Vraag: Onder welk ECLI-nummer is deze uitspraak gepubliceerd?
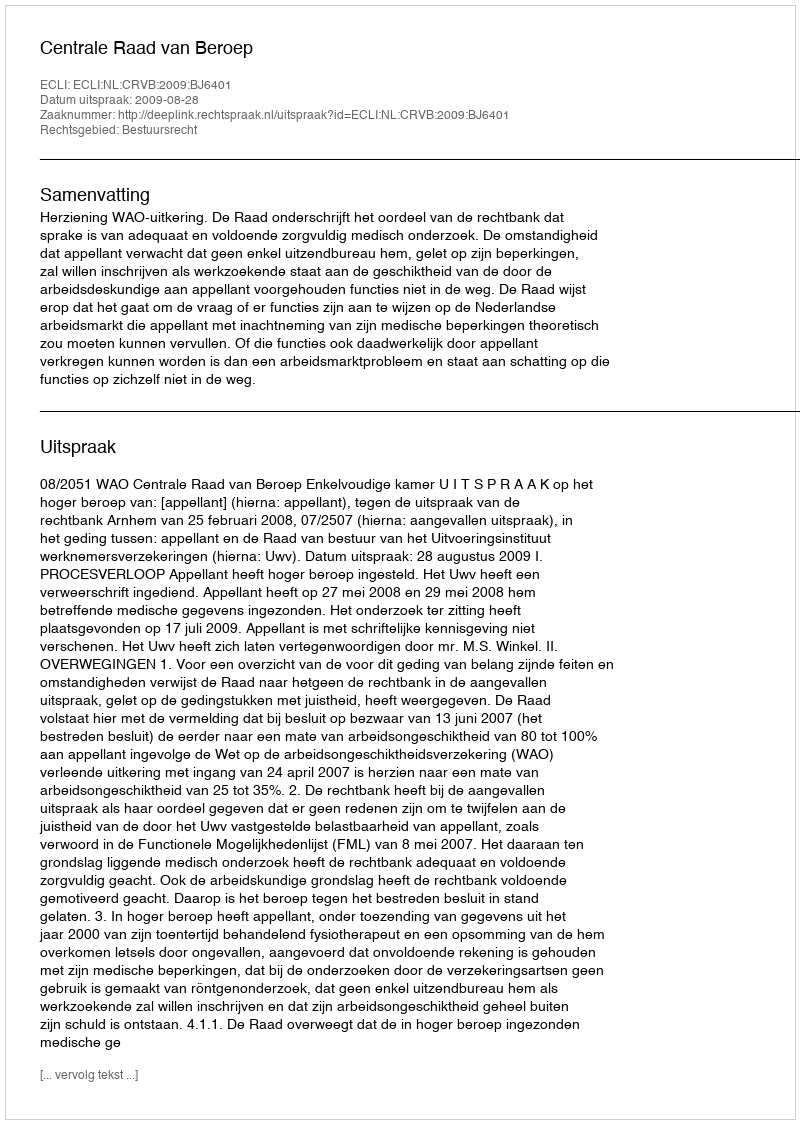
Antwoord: ECLI:NL:CRVB:2009:BJ6401